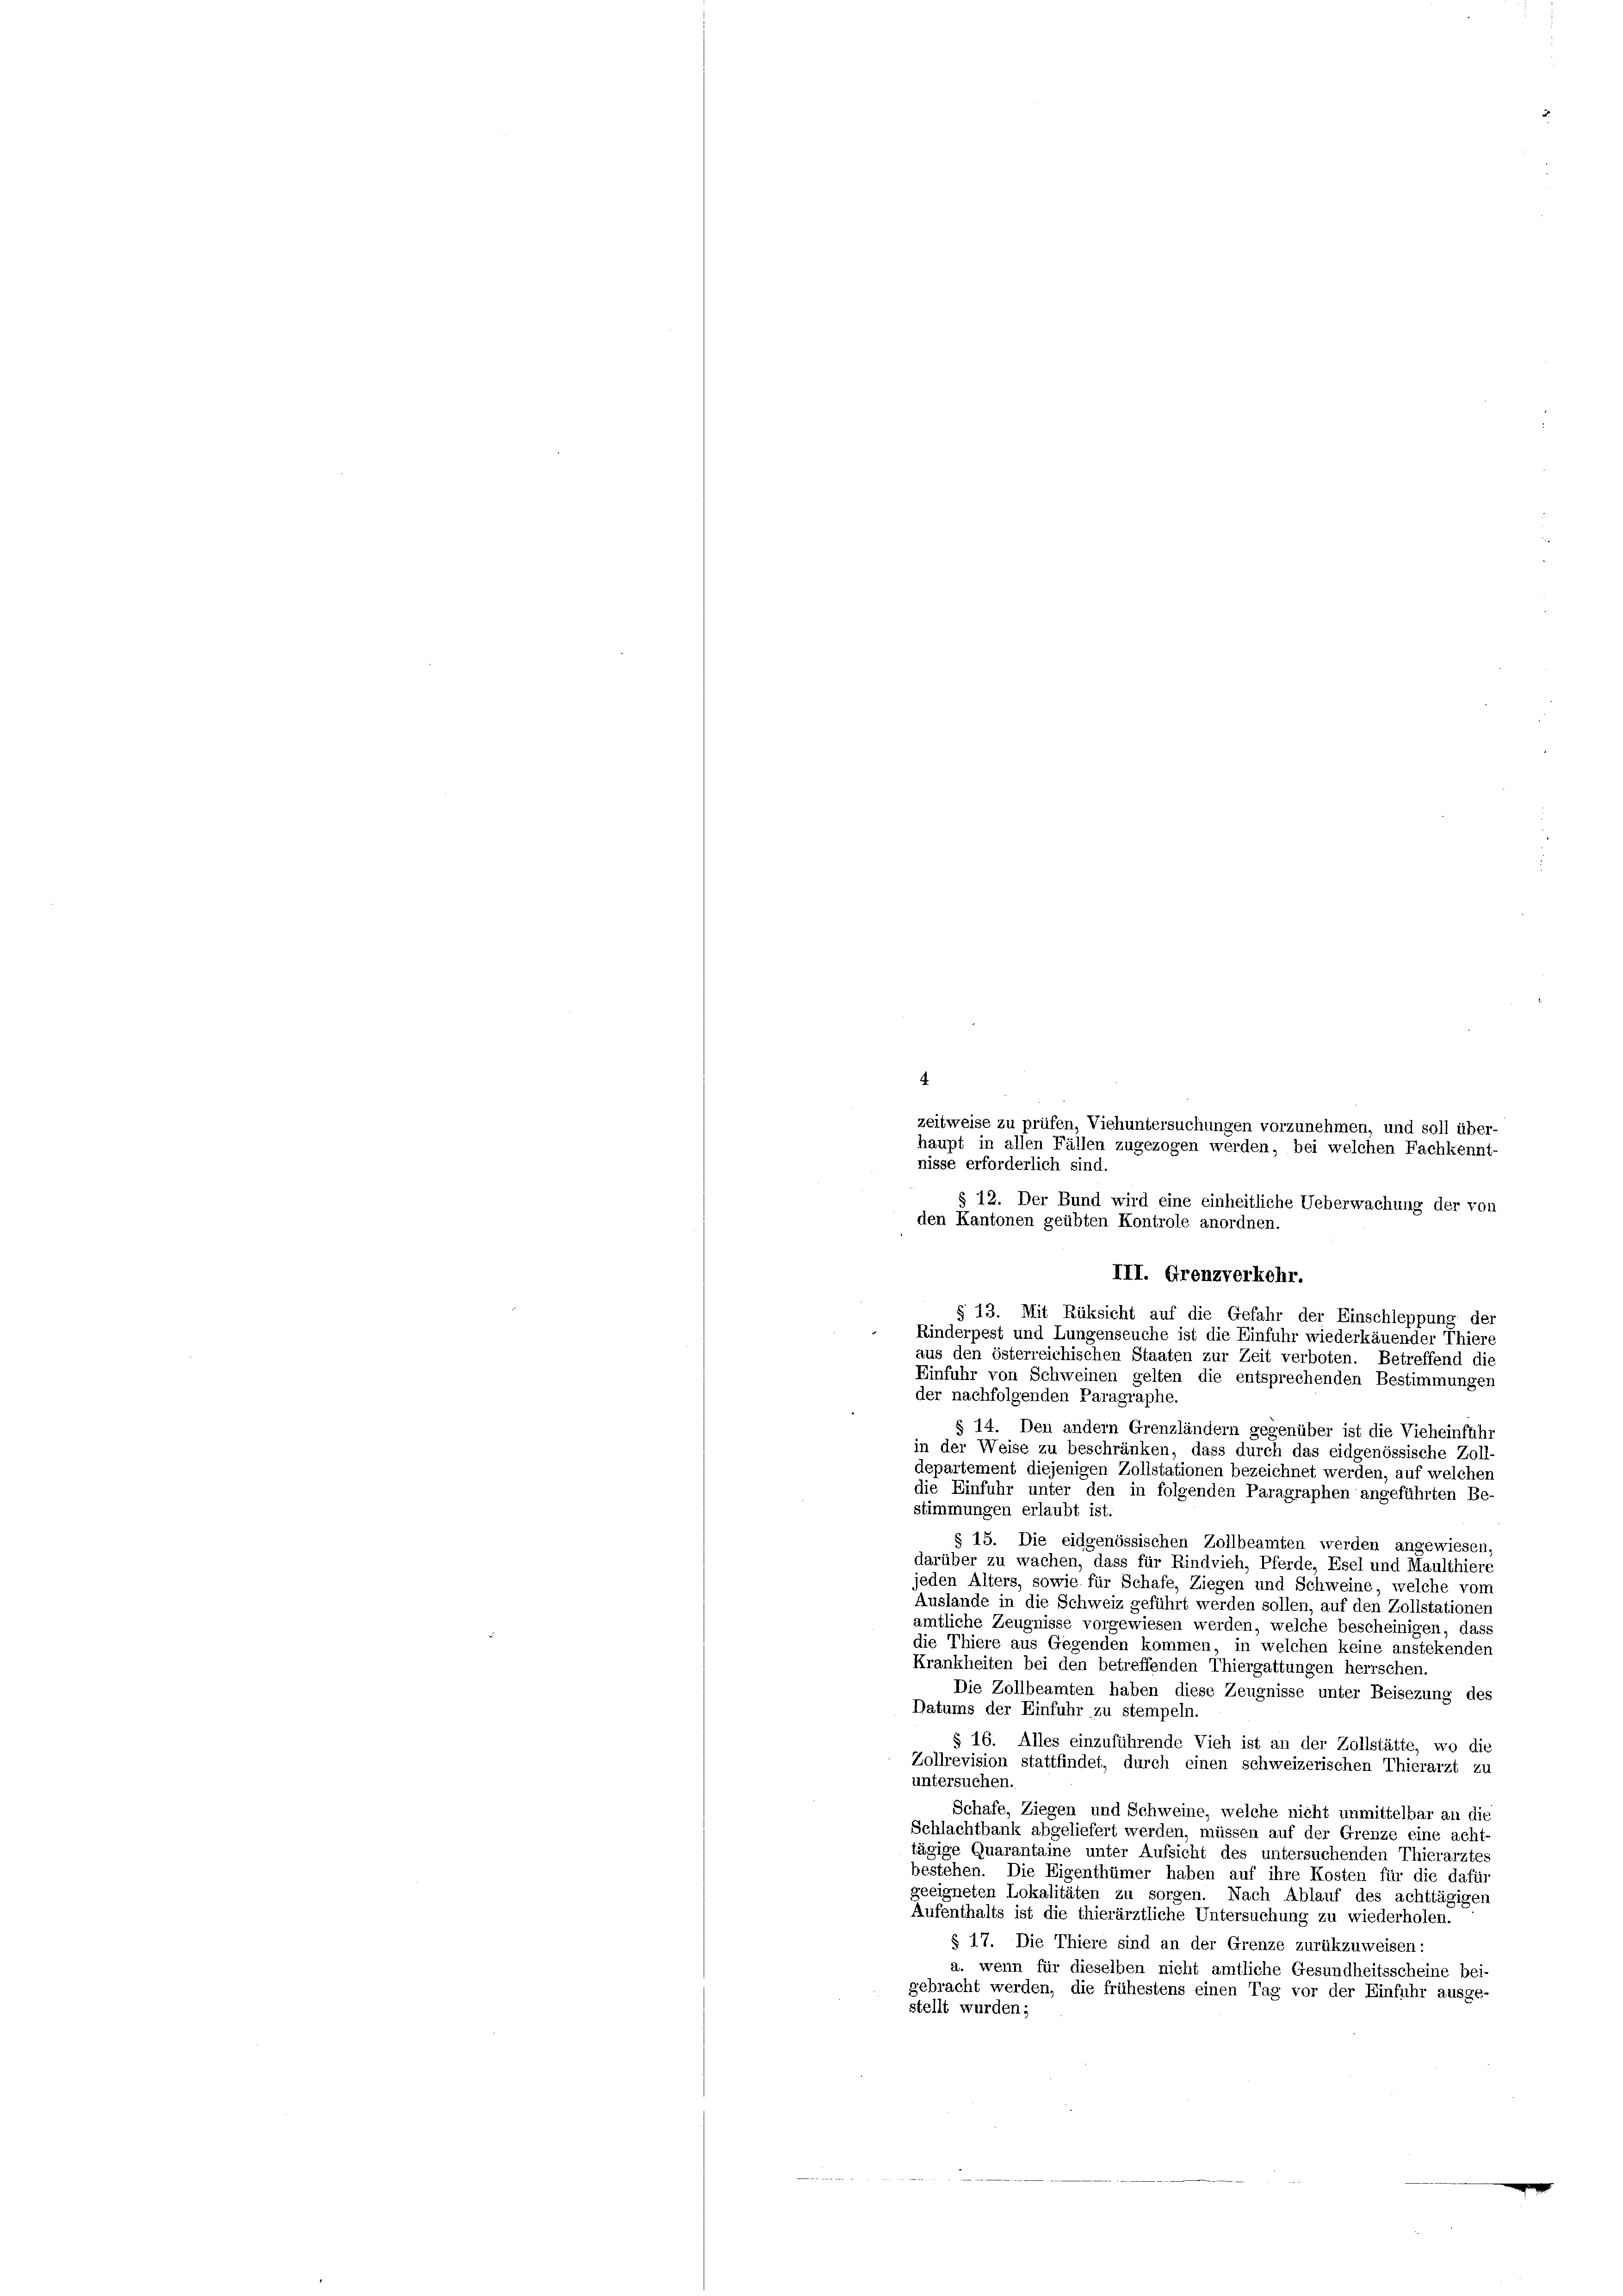
nisse erforderlich sind.
§ 12. Der Bund wird eine einheitliche Ueberwachung der von
den Kantonen geübten Kontrole anordnen.
III. Grenzverkehr.
§ 13. Mit Rüksicht auf die Gefahr der Einschleppung der
Kinderpest und Lungenseuche ist die Einfuhr wiederkäuender Thiere
aus den österreichischen Staaten zur Zeit verboten. Betreffend die
Einfuhr von Schweinen gelten die entsprechenden Bestimmungen
der nachfolgenden Paragraphe.
§ 14. Den andern Grenzländern gegenüber ist die Vieheinführ
in der Weise zu beschränken, dass durch das eidgenössische Zoll-
departement diejenigen Zollstationen bezeichnet werden, auf welchen
die Einfuhr unter den in folgenden Paragraphen angeführten Be-
stimmungen erlaubt ist.
§ 15. Die eidgenössischen Zollbeamten werden angewiesen,
darüber zu wachen, dass für Rindvieh, Pferde, Esel und Maulthiere
jeden Alters, sowie für Schafe, Ziegen und Schweine, welche vom
Auslande in die Schweiz geführt werden sollen, auf den Zollstationen
amtliche Zeugnisse vorgewiesen werden, welche bescheinigen, dass
die Thiere aus Gegenden kommen, in welchen keine anstekenden
Krankheiten bei den betreffenden Thiergattungen herrschen.
Die Zollbeamten haben diese Zeugnisse unter Beisezung des
Datums der Einfuhr zu stempeln.
§ 16. Alles einzuführende Vieh ist an der Zollstätte, wo die
Zollrevision stattfindet, durch einen schweizerischen Thierarzt zu
untersuchen.
Schafe, Ziegen und Schweine, welche nicht unmittelbar an die
Schlachtbank abgeliefert werden, müssen auf der Grenze eine acht-
tägige Quarantaine unter Aufsicht des untersuchenden Thierarztes
bestehen. Die Eigenthümer haben auf ihre Kosten für die dafür
geeigneten Lokalitäten zu sorgen. Nach Ablauf des achttägigen
Aufenthalts ist die thierärztliche Untersuchung zu wiederholen.
§ 17. Die Thiere sind an der Grenze zurükzuweisen:
a. wenn für dieselben nicht amtliche Gesundheitsscheine bei-
gebracht werden, die frühestens einen Tag vor der Einfuhr ausge-
stellt wurden;

zeitweise zu prüfen, Viehuntersuchungen vorzunehmen, und soll über-
haupt in allen Fällen zugezogen werden, bei welchen Fachkennt-